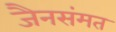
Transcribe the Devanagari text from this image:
जैनसंमत